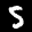
Label: 5